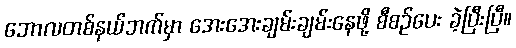
ဘောလတစ်နယ်ဘက်မှာ အေးအေးချမ်းချမ်းနေဖို့ စီစဉ်ပေး ခဲ့ပြီးပြီ။